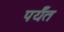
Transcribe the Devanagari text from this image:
पर्यँत